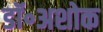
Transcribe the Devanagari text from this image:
डॉ॰अशोक